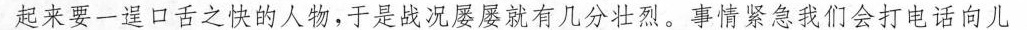
起来要个逞口舌之快的人物，于是战况屡屡就有几分壮烈，事情紧急我们会打电话向儿